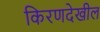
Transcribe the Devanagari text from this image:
किरणदेखील